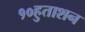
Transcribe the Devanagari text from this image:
१०हुताशन